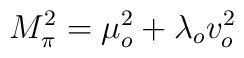
M_{\pi }^{2}=\mu _{o}^{2}+\lambda _{o}v_{o}^{2}